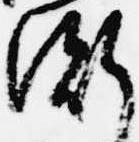
衡